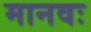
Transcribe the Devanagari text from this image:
मानवः